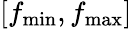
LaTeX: [f_{\operatorname*{min}},f_{\operatorname*{max}}]